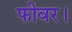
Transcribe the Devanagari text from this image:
फीवर।